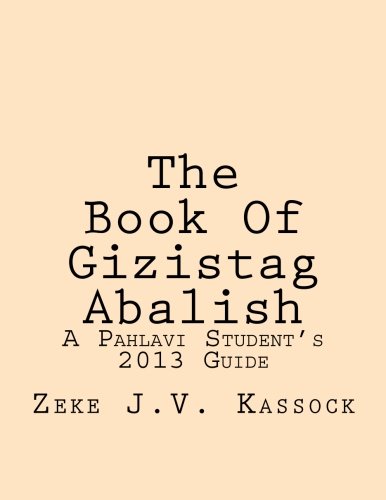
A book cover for The Book Of Gizistag Abalish: A Pahlavi Student's 2013 Guide; Zeke J.V. Kassock; Religion & Spirituality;